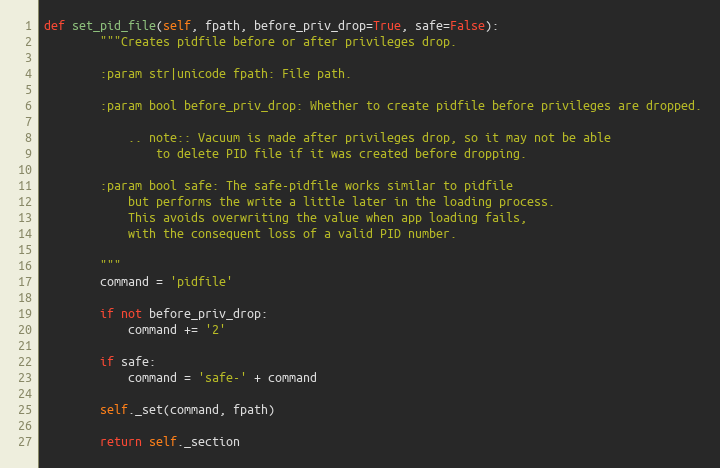
Language: Python
def set_pid_file(self, fpath, before_priv_drop=True, safe=False):
        """Creates pidfile before or after privileges drop.

        :param str|unicode fpath: File path.

        :param bool before_priv_drop: Whether to create pidfile before privileges are dropped.

            .. note:: Vacuum is made after privileges drop, so it may not be able
                to delete PID file if it was created before dropping.

        :param bool safe: The safe-pidfile works similar to pidfile
            but performs the write a little later in the loading process.
            This avoids overwriting the value when app loading fails,
            with the consequent loss of a valid PID number.

        """
        command = 'pidfile'

        if not before_priv_drop:
            command += '2'

        if safe:
            command = 'safe-' + command

        self._set(command, fpath)

        return self._section